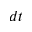
d t